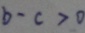
b - c > 0